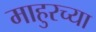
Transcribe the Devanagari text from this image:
माहुरच्या